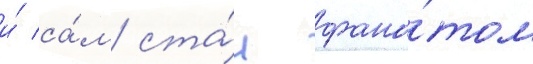
и́ са́м ста́л фана́том